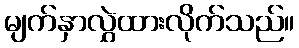
မျက်နှာလွှဲထားလိုက်သည်။